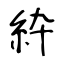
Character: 紣